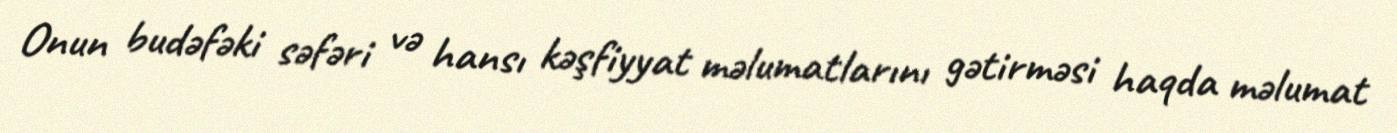
Onun budəfəki səfəri və hansı kəşfiyyat məlumatlarını gətirməsi haqda məlumat